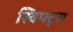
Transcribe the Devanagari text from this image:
स्विफ्ट्स